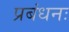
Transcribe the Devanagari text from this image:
प्रबंधनः